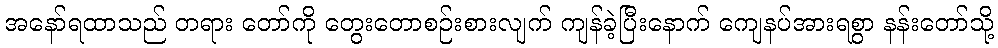
အနော်ရထာသည် တရား တော်ကို တွေးတောစဉ်းစားလျက် ကျန်ခဲ့ပြီးနောက် ကျေနပ်အားရစွာ နန်းတော်သို့